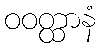
ဝဝတ္ထာနံ